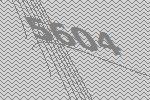
5604